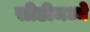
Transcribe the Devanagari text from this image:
सीडीमध्ये